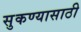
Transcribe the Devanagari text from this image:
सुकण्यासाठी